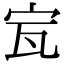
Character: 𡧗